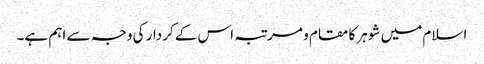
اسلام میں شوہر کا مقام و مرتبہ اس کے کردار کی وجہ سے اہم ہے۔